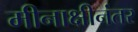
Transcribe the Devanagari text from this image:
मीनाक्षीनंतर